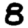
Digit: 8